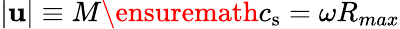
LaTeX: |\mathbf{u}|\equiv M\ensuremath{c_{\mathrm{s}}}=\omega R_{max}